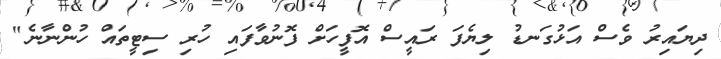
ދިޔައިރު ވެސް އަޅުގަނޑު ލިޔެފަ ރައީސް އޮފީހަށް ފޮނުވާފައި ހުރި ސިޓީތައް ހުންނާނެ"